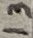
Text: 13